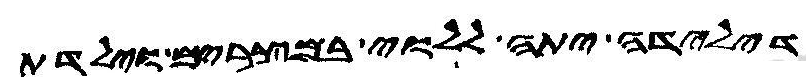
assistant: דילדה יתה ללוי במצרים וילדת